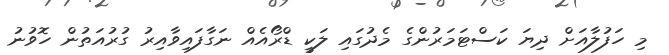
މި ހަފުލާއަށް ދިޔަ ކަސްޓަމަރުންގެ މެދުގައި ލަކީ ޑްރޯއެއް ނަގާފައިވާއިރު ގުރުއަތުން ހޮވުނު